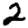
Digit: 2